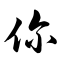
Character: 你